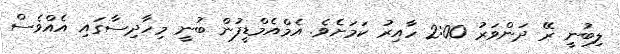
ލިބުނީ ރޭ ދަންވަރު 2:00 ހާއިރު ކަމަށެވެ. އެމްއެމްޑީފުން ބުނީ މިހާދިސާގައި އެއްވެސް